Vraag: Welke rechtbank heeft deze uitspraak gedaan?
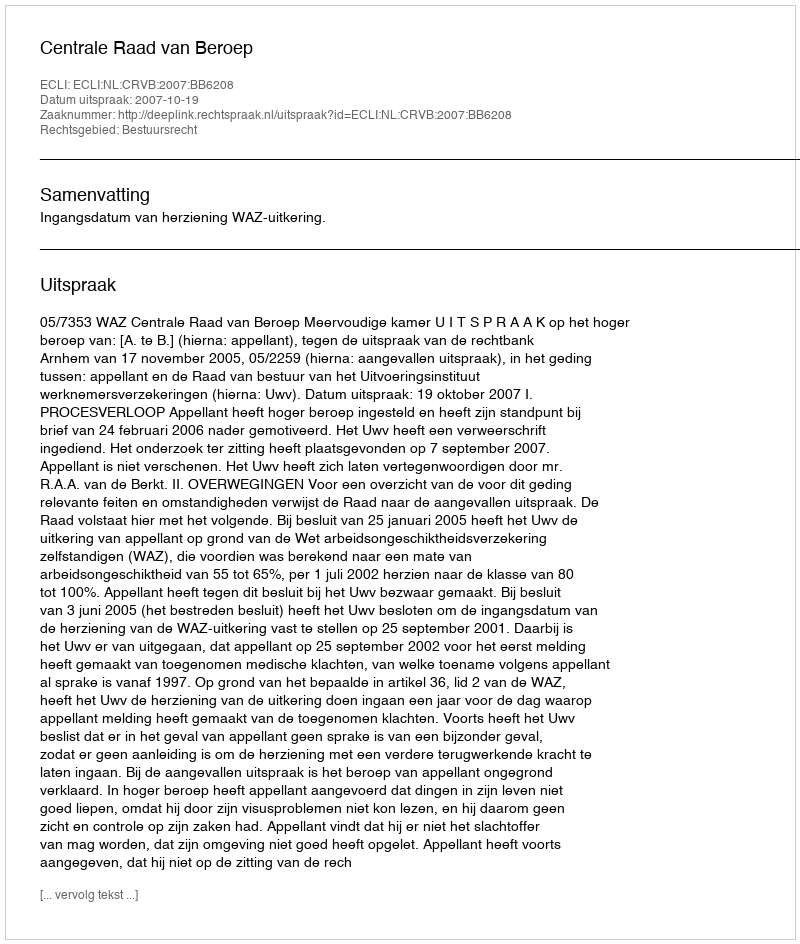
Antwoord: Centrale Raad van Beroep